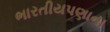
ભારતીયપણાના